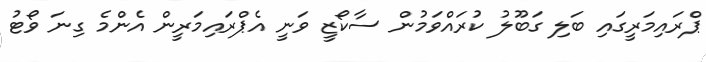
ޕްރައިމަރީގައި ބަލި ގަބޫލު ކުރައްވަމުން ސާކޯޒީ ވަނީ އެޕްރައިމަރީން އެންމެ ގިނަ ވޯޓު